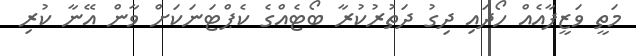
މަތީ ވަޒީފާއެއް ހޯދައި ދިގު ދަތުރުކުރާ ބޯޓެއްގެ ކެޕްޓަނަކަށް ވާން އޭނާ ކުރި